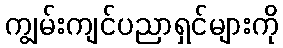
ကျွမ်းကျင်ပညာရှင်များကို